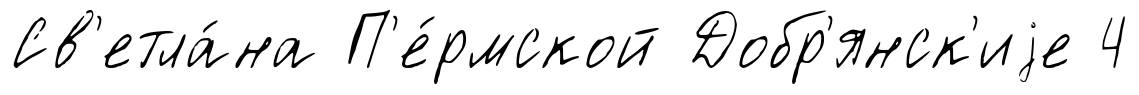
Св'етла́на П'е́рмской Добр'янск'иjе 4